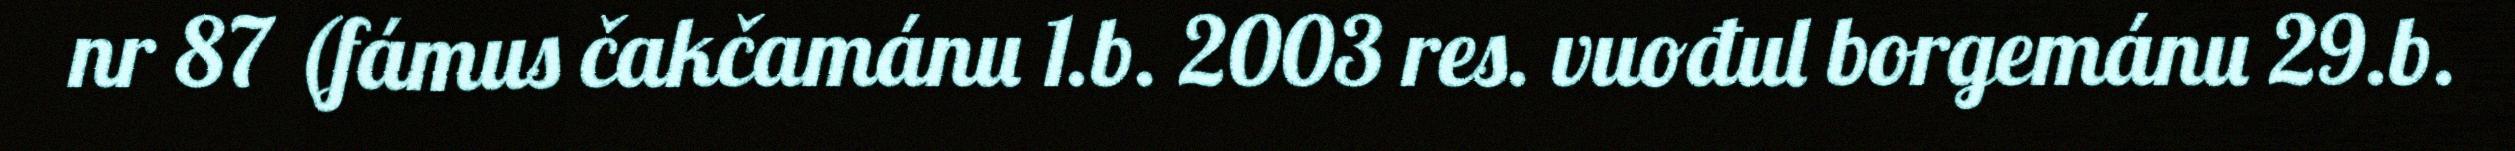
nr 87 (fámus čakčamánu 1.b. 2003 res. vuođul borgemánu 29.b.